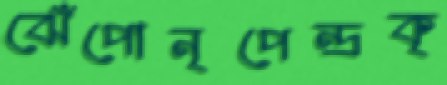
ঝেঁপোনৃপেন্দ্রকৃ